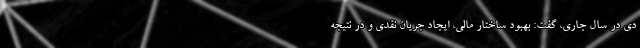
دی در سال جاری، گفت: بهبود ساختار مالی، ایجاد جریان نقدی و در نتیجه